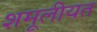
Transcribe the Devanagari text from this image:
शमूलीयत